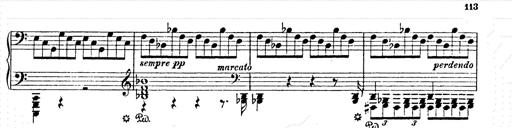
Title: AnnÃ©es de pÃ¨lerinage II
Composer: Franz Liszt